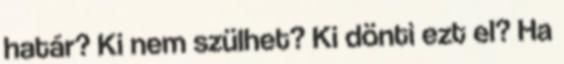
határ? Ki nem szülhet? Ki dönti ezt el? Ha